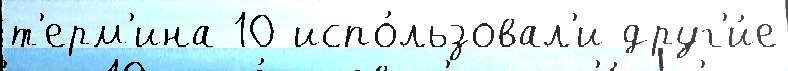
т'ерм'ина 10 испо́льзовал'и друг'и́е